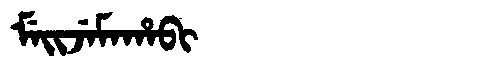
Manchu: ᠮᡝᡳᠵᡝᠮᠠᡥᠠᠪᡳ
Romanization: MEIJEMAHABI